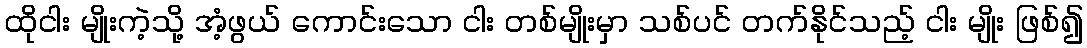
ထိုငါး မျိုးကဲ့သို့ အံ့ဖွယ် ကောင်းသော ငါး တစ်မျိုးမှာ သစ်ပင် တက်နိုင်သည့် ငါး မျိုး ဖြစ်၍